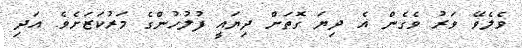
ވެލެވޭ ވަރު ވެގެން އެ ދިޔަ ގޮތަށް ދިޔައީ ފުލުހުންގެ މަރުކަޒަށެވެ. އަދި